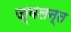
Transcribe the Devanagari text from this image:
ज्‍वलन्‍त